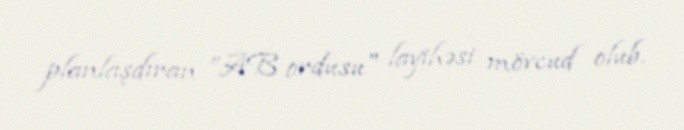
planlaşdıran ”AB ordusu" layihəsi mövcud olub.